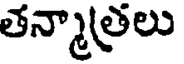
తన్మాత్రలు